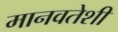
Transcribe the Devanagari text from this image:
मानवतेशी